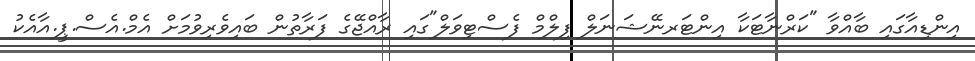
އިންޑިއާގައި ބާއްވާ "ކަރްނާޓަކާ އިންޓަރނޭޝަނަލް ފިލްމް ފެސްޓިވަލް"ގައި ރާއްޖޭގެ ފަރާތުން ބައިވެރިވުމަށް އެމް.އެސް.ޕީ.އާއެކު